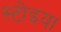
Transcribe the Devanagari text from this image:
स्टोइया